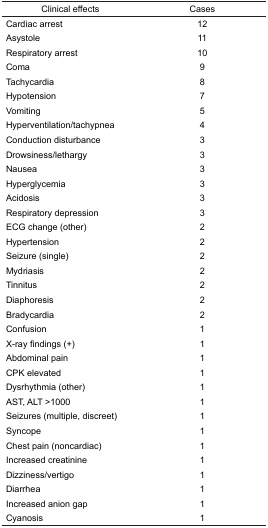
<table><thead><tr><td><b>Clinical effects</b></td><td><b>Cases</b></td></tr></thead><tbody><tr><td>Cardiac arrest</td><td>12</td></tr><tr><td>Asystole</td><td>11</td></tr><tr><td>Respiratory arrest</td><td>10</td></tr><tr><td>Coma</td><td>9</td></tr><tr><td>Tachycardia</td><td>8</td></tr><tr><td>Hypotension</td><td>7</td></tr><tr><td>Vomiting</td><td>5</td></tr><tr><td>Hyperventilation/tachypnea</td><td>4</td></tr><tr><td>Conduction disturbance</td><td>3</td></tr><tr><td>Drowsiness/lethargy</td><td>3</td></tr><tr><td>Nausea</td><td>3</td></tr><tr><td>Hyperglycemia</td><td>3</td></tr><tr><td>Acidosis</td><td>3</td></tr><tr><td>Respiratory depression</td><td>3</td></tr><tr><td>ECG change (other)</td><td>2</td></tr><tr><td>Hypertension</td><td>2</td></tr><tr><td>Seizure (single)</td><td>2</td></tr><tr><td>Mydriasis</td><td>2</td></tr><tr><td>Tinnitus</td><td>2</td></tr><tr><td>Diaphoresis</td><td>2</td></tr><tr><td>Bradycardia</td><td>2</td></tr><tr><td>Confusion</td><td>1</td></tr><tr><td>X-ray findings (+)</td><td>1</td></tr><tr><td>Abdominal pain</td><td>1</td></tr><tr><td>CPK elevated</td><td>1</td></tr><tr><td>Dysrhythmia (other)</td><td>1</td></tr><tr><td>AST, ALT &gt;1000</td><td>1</td></tr><tr><td>Seizures (multiple, discreet)</td><td>1</td></tr><tr><td>Syncope</td><td>1</td></tr><tr><td>Chest pain (noncardiac)</td><td>1</td></tr><tr><td>Increased creatinine</td><td>1</td></tr><tr><td>Dizziness/vertigo</td><td>1</td></tr><tr><td>Diarrhea</td><td>1</td></tr><tr><td>Increased anion gap</td><td>1</td></tr><tr><td>Cyanosis</td><td>1</td></tr></tbody></table>